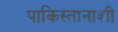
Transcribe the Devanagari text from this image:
पाकिस्तानाशी